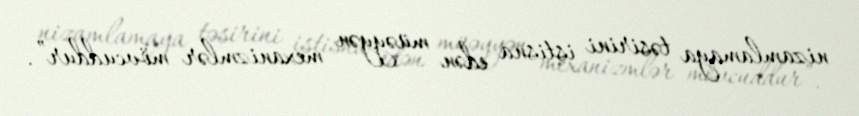
nizamlamaya təsirini istisna edən müəyyən mexanizmlər mövcuddur”.